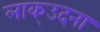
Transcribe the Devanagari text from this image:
लाक्उदना